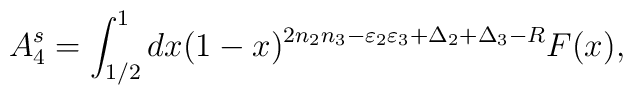
A^{s}_4=\int _{1/2}^{1}dx(1-x)^{2n_2 n_3-\varepsilon _2\varepsilon _3+\Delta _2 +\Delta_3-R}F(x),